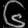
Digit: ၆